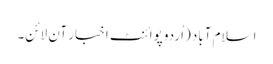
اسلام آباد (اُردو پوائنٹ اخبار آن لائن۔